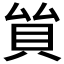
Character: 𧴵